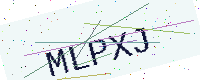
Text: MLPXJ